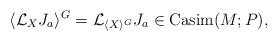
LaTeX: \begin{align*}\langle {\mathcal L}_{X}J_{a}\rangle^{G}={\mathcal L}_{\langle X\rangle^{G}}J_{a}\in\mathrm{Casim}(M;P),\end{align*}